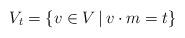
LaTeX: \begin{align*}V_t = \{ v \in V \, | \, v \cdot m =t\}\end{align*}